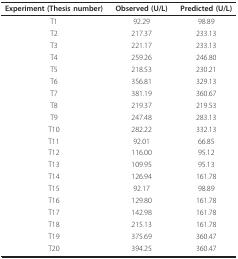
<table><thead><tr><td><b>Experiment (Thesis number)</b></td><td><b>Observed (U/L)</b></td><td><b>Predicted (U/L)</b></td></tr></thead><tbody><tr><td>T1</td><td>92.29</td><td>98.89</td></tr><tr><td>T2</td><td>217.37</td><td>233.13</td></tr><tr><td>T3</td><td>221.17</td><td>233.13</td></tr><tr><td>T4</td><td>259.26</td><td>246.80</td></tr><tr><td>T5</td><td>218.53</td><td>230.21</td></tr><tr><td>T6</td><td>356.81</td><td>329.13</td></tr><tr><td>T7</td><td>381.19</td><td>360.67</td></tr><tr><td>T8</td><td>219.37</td><td>219.53</td></tr><tr><td>T9</td><td>247.48</td><td>283.13</td></tr><tr><td>T10</td><td>282.22</td><td>332.13</td></tr><tr><td>T11</td><td>92.01</td><td>66.85</td></tr><tr><td>T12</td><td>116.00</td><td>95.12</td></tr><tr><td>T13</td><td>109.95</td><td>95.13</td></tr><tr><td>T14</td><td>126.94</td><td>161.78</td></tr><tr><td>T15</td><td>92.17</td><td>98.89</td></tr><tr><td>T16</td><td>129.80</td><td>161.78</td></tr><tr><td>T17</td><td>142.98</td><td>161.78</td></tr><tr><td>T18</td><td>215.13</td><td>161.78</td></tr><tr><td>T19</td><td>375.69</td><td>360.47</td></tr><tr><td>T20</td><td>394.25</td><td>360.47</td></tr></tbody></table>